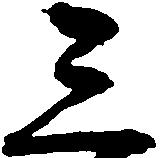
三